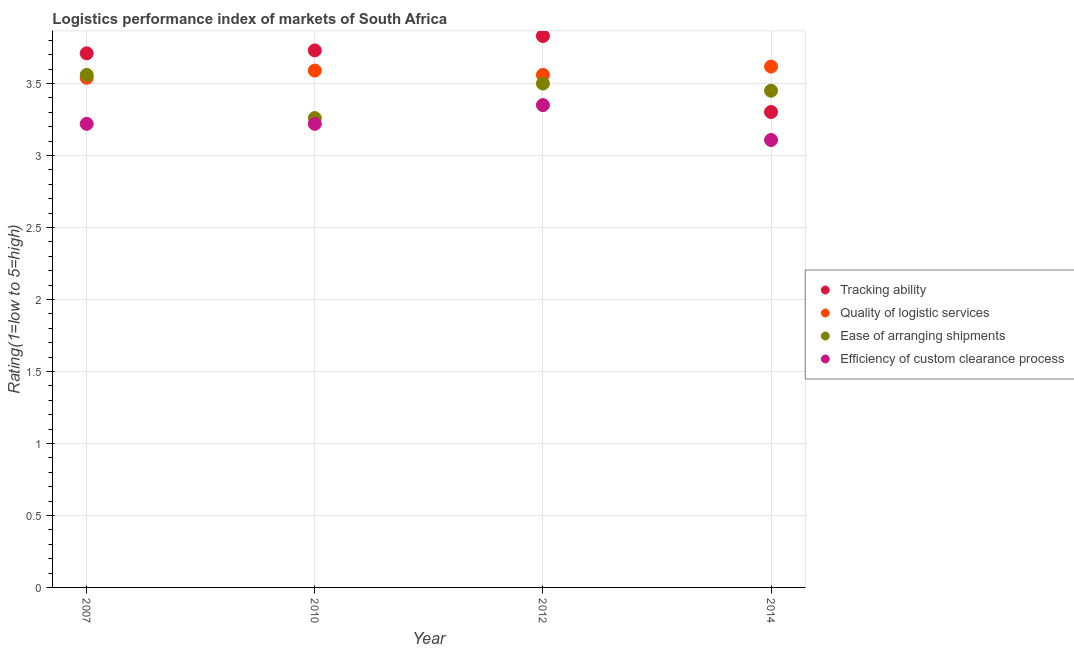
| Year | Tracking ability | Quality of logistic services | Ease of arranging shipments | Efficiency of custom clearance process |
 | --- | --- | --- | --- | --- |
 | 2007 | 3.71 | 3.54 | 3.56 | 3.22 |
 | 2010 | 3.73 | 3.59 | 3.26 | 3.22 |
 | 2012 | 3.83 | 3.56 | 3.5 | 3.35 |
 | 2014 | 3.3 | 3.62 | 3.45 | 3.11 |